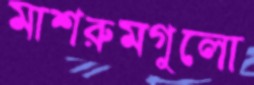
মাশরুমগুলো